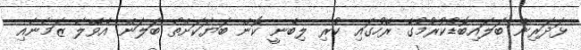
ޅަދަރިން ބަލައިބޮޑުކުރުމުގެ ރޭހުގައި ކުރި ލިބެނީ ކޮން ބަޔަކަށްތޯ ބަލަން އެވޭލާ ޒަމާނާއި